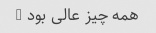
همه چیز عالی بود …